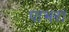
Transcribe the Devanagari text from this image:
पाभरा